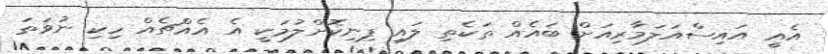
އެއީ އައިސްއަލަމާރިއަށް ބައެއް ތަކެތި ލައި ފިނިކޮށްލުމަކީ އެ އެއްޗެއް ހިކި ނުވަތަ